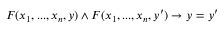
F ( x _ { 1 } , . . . , x _ { n } , y ) \land F ( x _ { 1 } , . . . , x _ { n } , y ^ { \prime } ) \rightarrow y = y ^ { \prime }